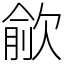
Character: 歈